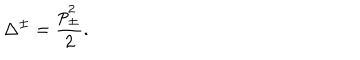
\Delta ^ { \pm } = \displaystyle \frac { p _ { \pm } ^ { 2 } } { 2 } .